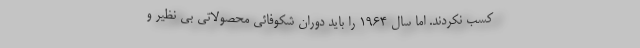
کسب نکردند. اما سال 1964 را باید دوران شکوفائی محصولاتی بی نظیر و